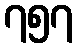
၇၅၇